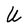
Character: U